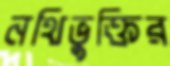
নথিভুক্তির